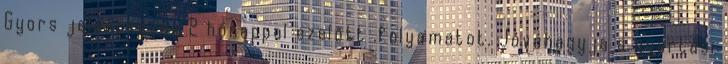
Gyors jelentkezés 2 hónappal ezelőtt .folyamatot. Jóváhagyja a gyártási